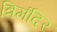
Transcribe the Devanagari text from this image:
त्रिमंदिर